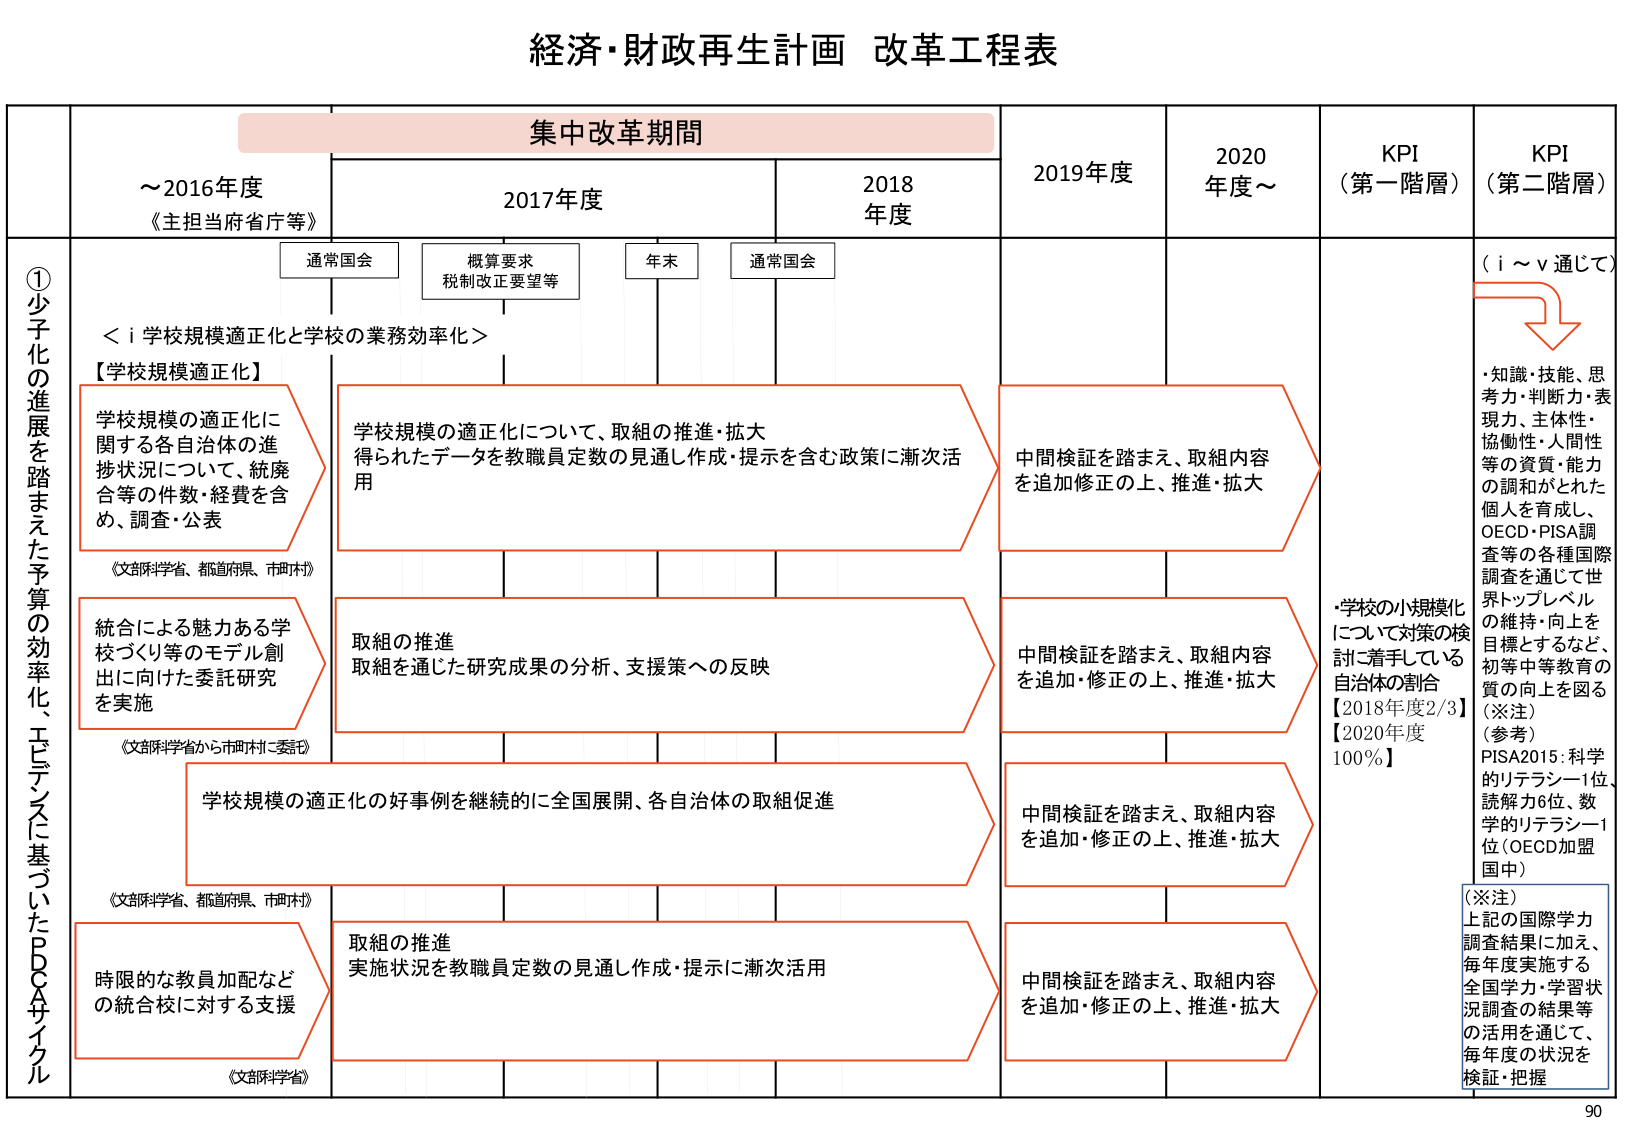
経済・財政再生計画 改革工程表

集中改革期間

～2016年度
《主担当府省庁等》

2017年度

2018年度

2019年度

2020年度～

KPI
（第一階層）

KPI
（第二階層）

①少子化の進展を踏まえた予算の効率化、エビデンスに基づいたPDCAサイクル

通常国会

概算要求
税制改正要望等

年末

通常国会

＜i 学校規模適正化と学校の業務効率化＞

【学校規模適正化】

学校規模の適正化に関する各自治体の進捗状況について、統廃合等の件数・経費を含め、調査・公表
《文部科学省、都道府県、市町村》

学校規模の適正化について、取組の推進・拡大
得られたデータを教職員定数の見通し作成・提示を含む政策に漸次活用

中間検証を踏まえ、取組内容を追加修正の上、推進・拡大

・知識・技能、思考力・判断力・表現力、主体性・協働性・人間性等の資質・能力の調和がとれた個人を育成し、OECD・PISA調査等の各種国際調査を通じて世界トップレベルの維持・向上を目標とするなど、初等中等教育の質の向上を図る
（※注）
（参考）
PISA2015：科学的リテラシー1位、読解力6位、数学的リテラシー1位（OECD加盟国中）

統合による魅力ある学校づくり等のモデル創出に向けた委託研究を実施
《文部科学省から市町村に委託》

取組の推進
取組を通じた研究成果の分析、支援策への反映

中間検証を踏まえ、取組内容を追加・修正の上、推進・拡大

・学校の小規模化について対策の検討に着手している自治体の割合
【2018年度2/3】
【2020年度100％】

学校規模の適正化の好事例を継続的に全国展開、各自治体の取組促進
《文部科学省、都道府県、市町村》

中間検証を踏まえ、取組内容を追加・修正の上、推進・拡大

時限的な教員配配などの統合校に対する支援
《文部科学省》

取組の推進
実施状況を教職員定数の見通し作成・提示に漸次活用

中間検証を踏まえ、取組内容を追加・修正の上、推進・拡大

（i～v通じて）

上記の国際学力調査結果に加え、毎年度実施する全国学力・学習状況調査の結果等の活用を通じて、毎年度の状況を検証・把握

90